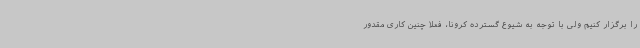
را برگزار کنیم ولی با توجه به شیوع گسترده کرونا، فعلا چنین کاری مقدور